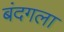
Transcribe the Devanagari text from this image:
बंदगला